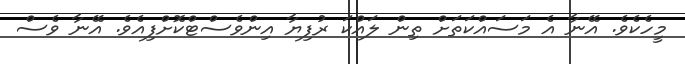
މީހެކެވެ. އޭނާ އެ މަސައްކަތަށް ތިން ލައްކަ ރުފިޔާ އިންވެސްޓްކޮށްފިއެވެ. އޭނާ ވެސް